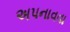
અપનાવવા